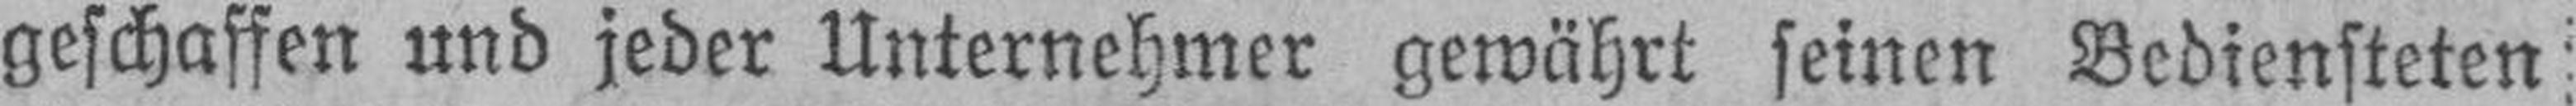
geschaffen und jeder Unternehmer gewährt seinen Bediensteten